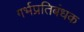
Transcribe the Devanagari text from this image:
गर्भप्रतिबंधक